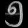
Digit: ၅